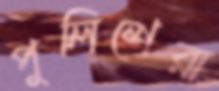
পুলিশেরা